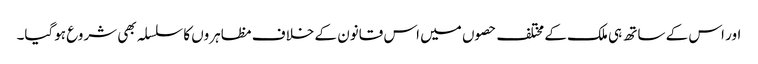
اور اس کے ساتھ ہی ملک کے مختلف حصوں میں اس قانون کے خلاف مظاہروں کا سلسلہ بھی شروع ہوگیا۔